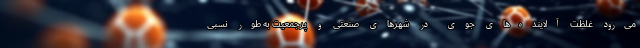
می‌رود غلظت آلاینده‌های جوی در شهرهای صنعتی و پرجمعیت به طور نسبی